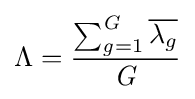
\Lambda ={\frac {\sum _{{\mathit {g}}=1}^{\mathit {G}}{\overline {\lambda _{g}}}}{\mathit {G}}}